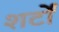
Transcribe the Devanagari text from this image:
शर्टों